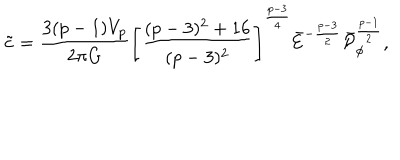
LaTeX: \tilde { c } = { \frac { 3 ( p - 1 ) V _ { p } } { 2 \pi G } } \left[ { \frac { ( p - 3 ) ^ { 2 } + 1 6 } { ( p - 3 ) ^ { 2 } } } \right] ^ { \frac { p - 3 } { 4 } } \bar { \cal E } ^ { - { \frac { p - 3 } { 2 } } } \bar { \cal P } _ { \phi } ^ { \frac { p - 1 } { 2 } } ,